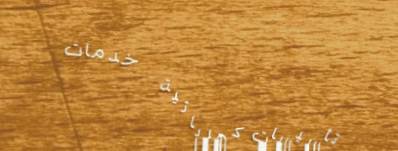
تأسيسات كهربائية   خدمات